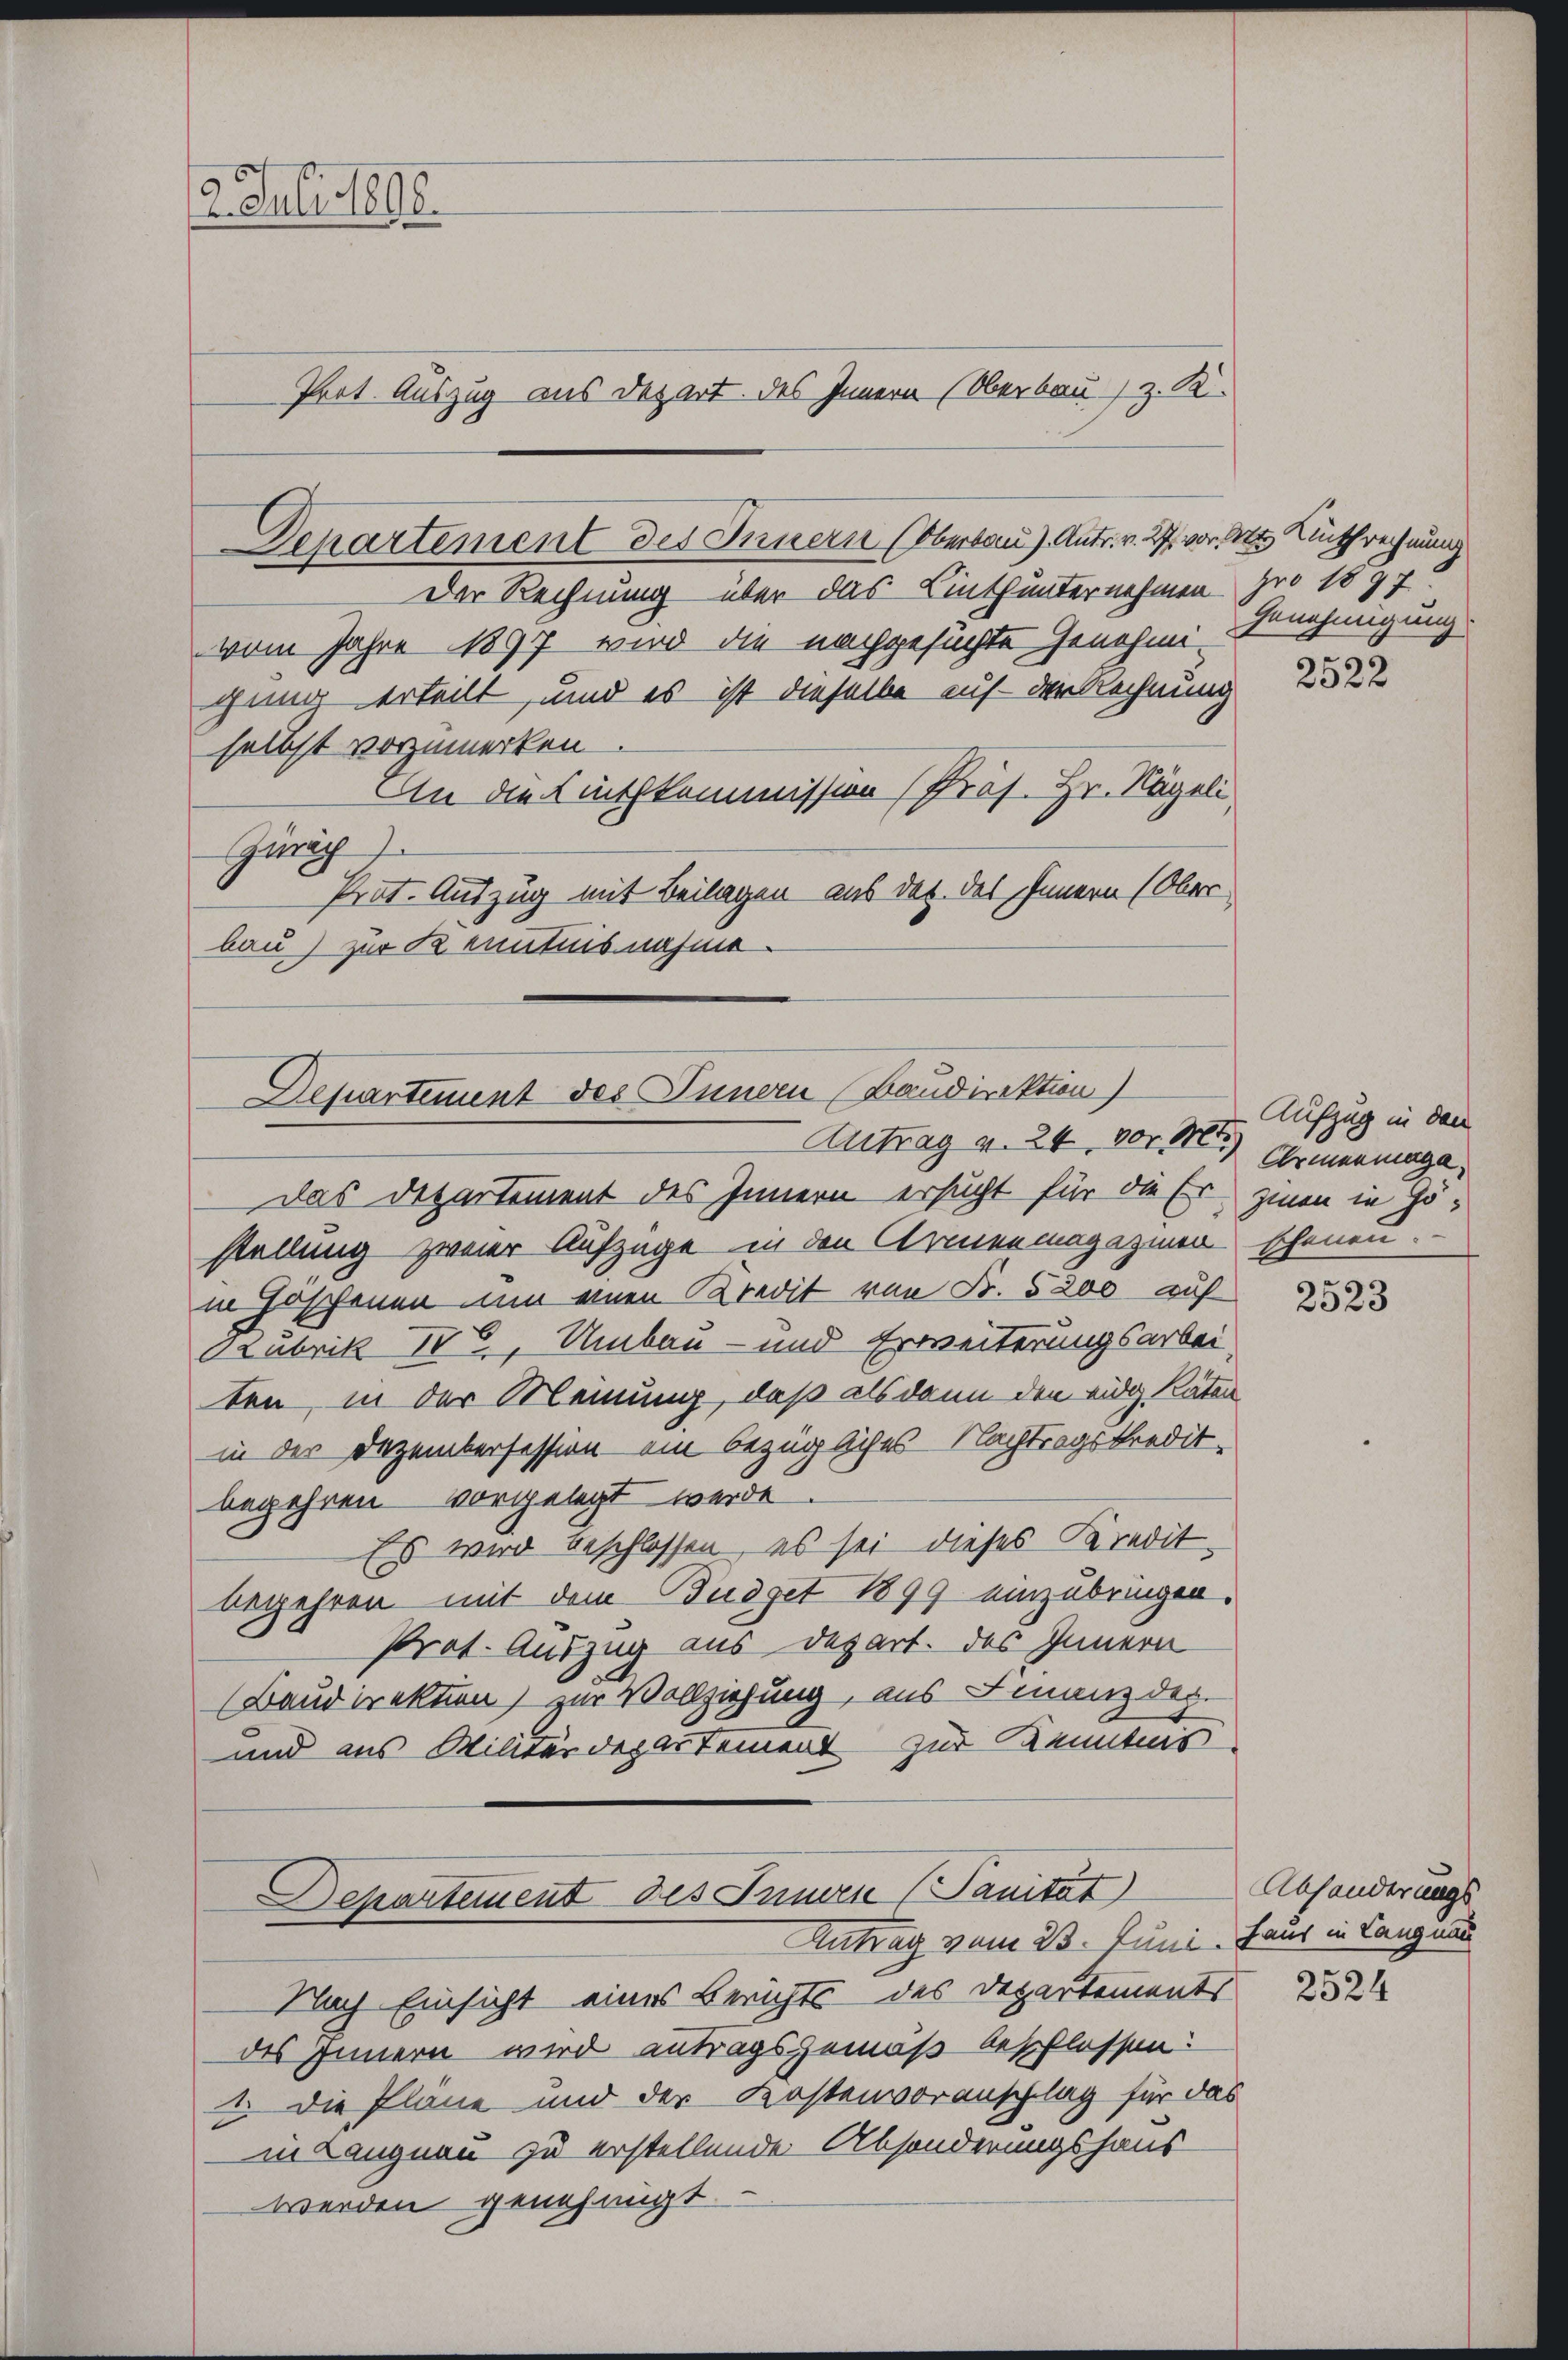
2. Juli 1896.
Prot. Auszug aus Depart des Innern (Oberbau, z. R.

Departement des Innern (Oberbau). Antr. v. 27. vor. Mts. Linthrechnung
Der Rechnung über das Linthunternehmen

vom Jahre 1897 wird die nachgesuchte Genehmigung erteilt, und es ist dieselbe auf der Rechnung
selbst vorzumerken.
An die Linthkommission (Präs. Hr. Nägeli
Zürich
Prot. Auszug mit Beilagen aus des des Innern (Ober-
bau) zur Kenntnisnahme.

Departement des Innern (Baudirektion)

Antrag v. 24 vor. Mts. Armermage
Das Departement des Innern ersucht für die Er zwen in Hostellung zweier Aufzüge in den Armenmagazinen schönen.
in Hoffenen um einen Kredit von Fr. 5200 auf
drubrik der Umbau - und Erweiterungsarbei
ten, in der Meinung, daß als dann den eidg. Raten
in der Dezembersession ein bezügliches Nachtragskredit-
begehren vorgelegt werde.
Es wird beschlossen, es sei dieses Kredit-
begehren mit dem Budget 1899 einzubringen.
Prat. Auszug aus Depart. des Innern
Baudirektion) zur Vollziehung, aus Finanzdep.
und aus Willerdepartement zur Kenntnis

Departement des Inners (Sanität)
Antrag vom 23. Juni, Haus in Langnau

Nach Einsicht eines Berichts des Departements
des Innern wird antragsgemäß beschlossen:
1. Die Pläne und der Kostenvoranschlag für das
in Langnen zu erstellende Absonderungshaus
werden genehmigt.

pro 1897.
Genehmigung

2522

Aufzug in den

2523

Abhanderungs
2524